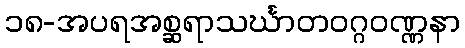
၁၈-အပရအစ္ဆရာသင်္ဃာတဝဂ္ဂဝဏ္ဏနာ